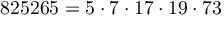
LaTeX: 8 2 5 2 6 5 = 5 \cdot 7 \cdot 1 7 \cdot 1 9 \cdot 7 3